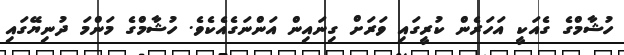
ހުޝާމްގެ ގެއަކީ އަހަރެން ކުރީގައި ވަރަށް ގިނައިން އަންނަގެއެކެވެ. ހުޝާމްގެ މަންމަ ދުނިޔޭގައި